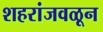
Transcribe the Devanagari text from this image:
शहरांजवळून